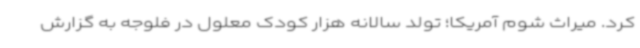
کرد. میراث شوم آمریکا؛ تولد سالانه هزار کودک معلول در فلوجه به گزارش